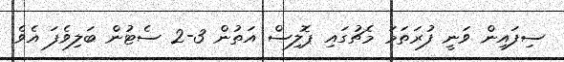
ސިފައިން ވަނީ ފުރަތަމަ މެޗުގައި ޕޮލިސް އަތުން 3-2 ސެޓުން ބަލިވެފަ އެވެ.